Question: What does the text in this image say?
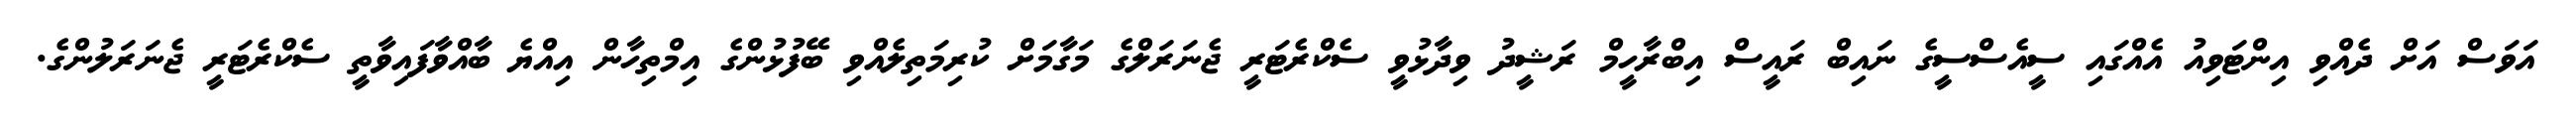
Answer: އަވަސް އަށް ދެއްވި އިންޓަވިއު އެއްގައި ސީއެސްސީގެ ނައިބް ރައީސް އިބްރާހީމް ރަޝީދު ވިދާޅުވީ ސެކްރެޓަރީ ޖެނަރަލްގެ މަގާމަށް ކުރިމަތިލެއްވި ބޭފުޅުންގެ އިމްތިހާން އިއްޔެ ބާއްވާފައިވާތީ ސެކްރެޓަރީ ޖެނަރަލުންގެ.